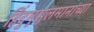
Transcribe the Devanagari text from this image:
हिंदुमुसुलमानांच्या